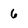
Character: 6